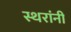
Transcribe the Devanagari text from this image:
स्थरांनी